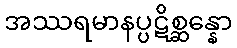
အဿရမာနပ္ပဋိစ္ဆန္နော